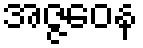
အဇ္ဇဝေန